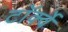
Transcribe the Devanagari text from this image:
टॉर्क्वे